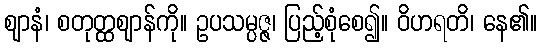
ဈာနံ၊ စတုတ္ထဈာန်ကို။ ဥပသမ္ပဇ္ဇ၊ ပြည့်စုံစေ၍။ ဝိဟရတိ၊ နေ၏။